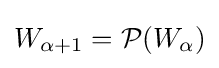
W_{\alpha +1}={\mathcal {P}}(W_{\alpha })